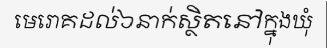
មេរោគដល់៦នាក់ស្ថិតនៅក្នុងឃុំ